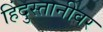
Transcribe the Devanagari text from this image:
हिंदुस्तानीवर